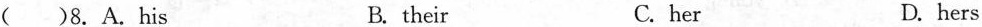
( )8.A.his B.their C.her D.hers